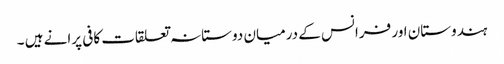
ہندوستان اور فرانس کے درمیان دوستانہ تعلقات کافی پرانے ہیں ۔